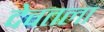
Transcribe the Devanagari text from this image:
देवतला